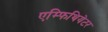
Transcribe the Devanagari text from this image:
एम्फिथियेटर